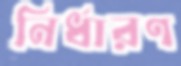
নির্ধারণ